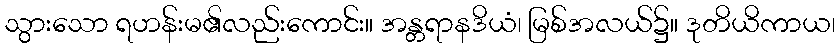
သွားသော ရဟန်းမ၏လည်းကောင်း။ အန္တရာနဒိယံ၊ မြစ်အလယ်၌။ ဒုတိယိကာယ၊